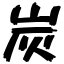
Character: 炭